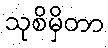
သုစိမှိတာ